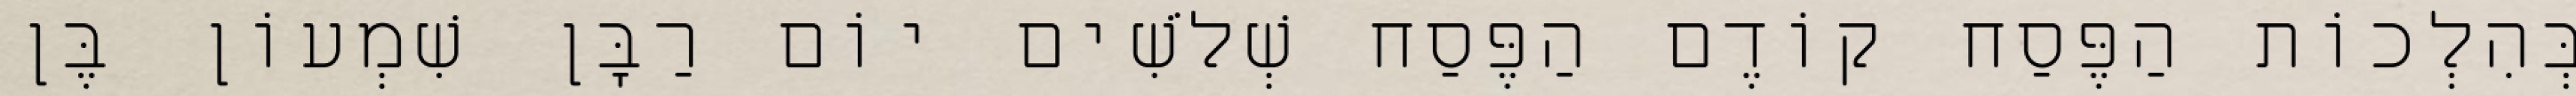
בְּהִלְכוֹת הַפֶּסַח קוֹדֶם הַפֶּסַח שְׁלֹשִׁים יוֹם רַבָּן שִׁמְעוֹן בֶּן